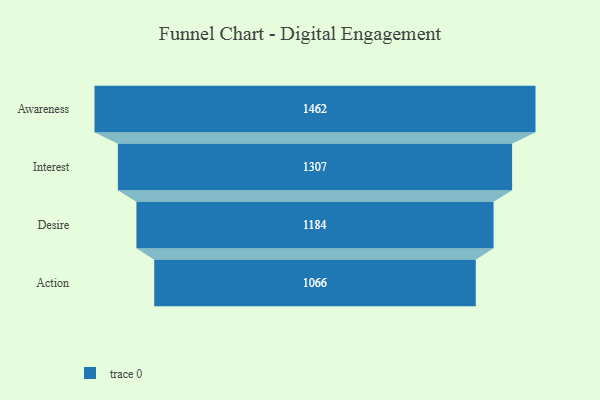
{"axis": {"x": "Stage", "y": "Value"}, "legend": [""], "data": [{"x": "Awareness", "y": 1462.0, "type": ""}, {"x": "Interest", "y": 1307.0, "type": ""}, {"x": "Desire", "y": 1184.0, "type": ""}, {"x": "Action", "y": 1066.0, "type": ""}]}